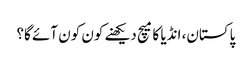
پاکستان، انڈیا کا میچ دیکھنے کون کون آئے گا؟